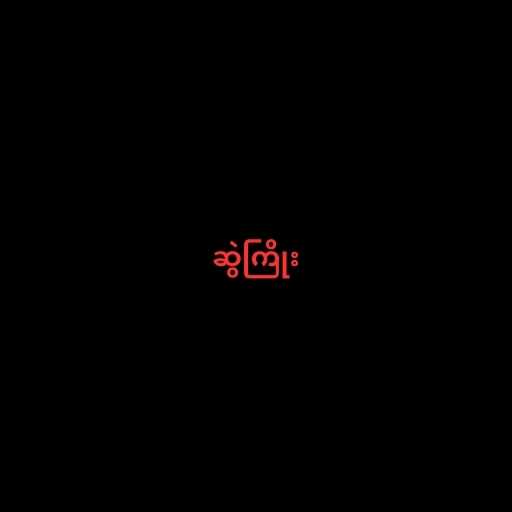
ဆွဲကြိုး